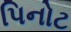
પિનોટ